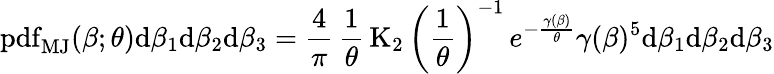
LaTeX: \operatorname{pdf}_{\mathrm{MJ}}(\beta;\theta)\mathrm{d}\beta_{1}\mathrm{d}\beta_{2}\mathrm{d}\beta_{3}={\frac{4}{\pi}}\, {\frac{1}{\theta}}\operatorname{K}_{2}\left({\frac{1}{\theta}}\right)^{-1}\, e^{-{\frac{\gamma(\beta)}{\theta}}}\gamma(\beta)^{5}\mathrm{d}\beta_{1}\mathrm{d}\beta_{2}\mathrm{d}\beta_{3}